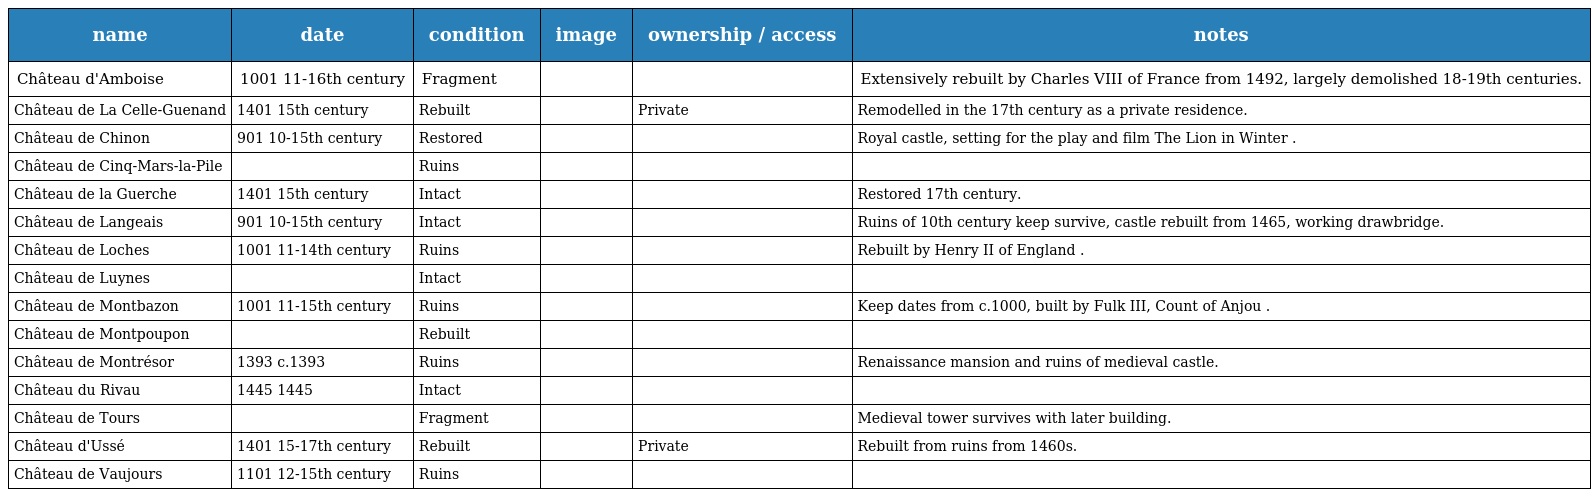
| name | date | condition | image | ownership / access | notes |
 | --- | --- | --- | --- | --- | --- |
 | Château d'Amboise | 1001 11-16th century | Fragment |  |  | Extensively rebuilt by Charles VIII of France from 1492, largely demolished 18-19th centuries. |
 | Château de La Celle-Guenand | 1401 15th century | Rebuilt |  | Private | Remodelled in the 17th century as a private residence. |
 | Château de Chinon | 901 10-15th century | Restored |  |  | Royal castle, setting for the play and film The Lion in Winter . |
 | Château de Cinq-Mars-la-Pile |  | Ruins |  |  |  |
 | Château de la Guerche | 1401 15th century | Intact |  |  | Restored 17th century. |
 | Château de Langeais | 901 10-15th century | Intact |  |  | Ruins of 10th century keep survive, castle rebuilt from 1465, working drawbridge. |
 | Château de Loches | 1001 11-14th century | Ruins |  |  | Rebuilt by Henry II of England . |
 | Château de Luynes |  | Intact |  |  |  |
 | Château de Montbazon | 1001 11-15th century | Ruins |  |  | Keep dates from c.1000, built by Fulk III, Count of Anjou . |
 | Château de Montpoupon |  | Rebuilt |  |  |  |
 | Château de Montrésor | 1393 c.1393 | Ruins |  |  | Renaissance mansion and ruins of medieval castle. |
 | Château du Rivau | 1445 1445 | Intact |  |  |  |
 | Château de Tours |  | Fragment |  |  | Medieval tower survives with later building. |
 | Château d'Ussé | 1401 15-17th century | Rebuilt |  | Private | Rebuilt from ruins from 1460s. |
 | Château de Vaujours | 1101 12-15th century | Ruins |  |  |  |